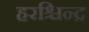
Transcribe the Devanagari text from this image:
हरश्चिन्द्र